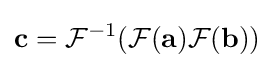
\mathbf {c} ={\mathcal {F}}^{-1}({\mathcal {F}}(\mathbf {a} ){\mathcal {F}}(\mathbf {b} ))